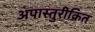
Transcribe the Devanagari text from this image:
अपास्तुरीक्रित